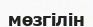
мөзгілін